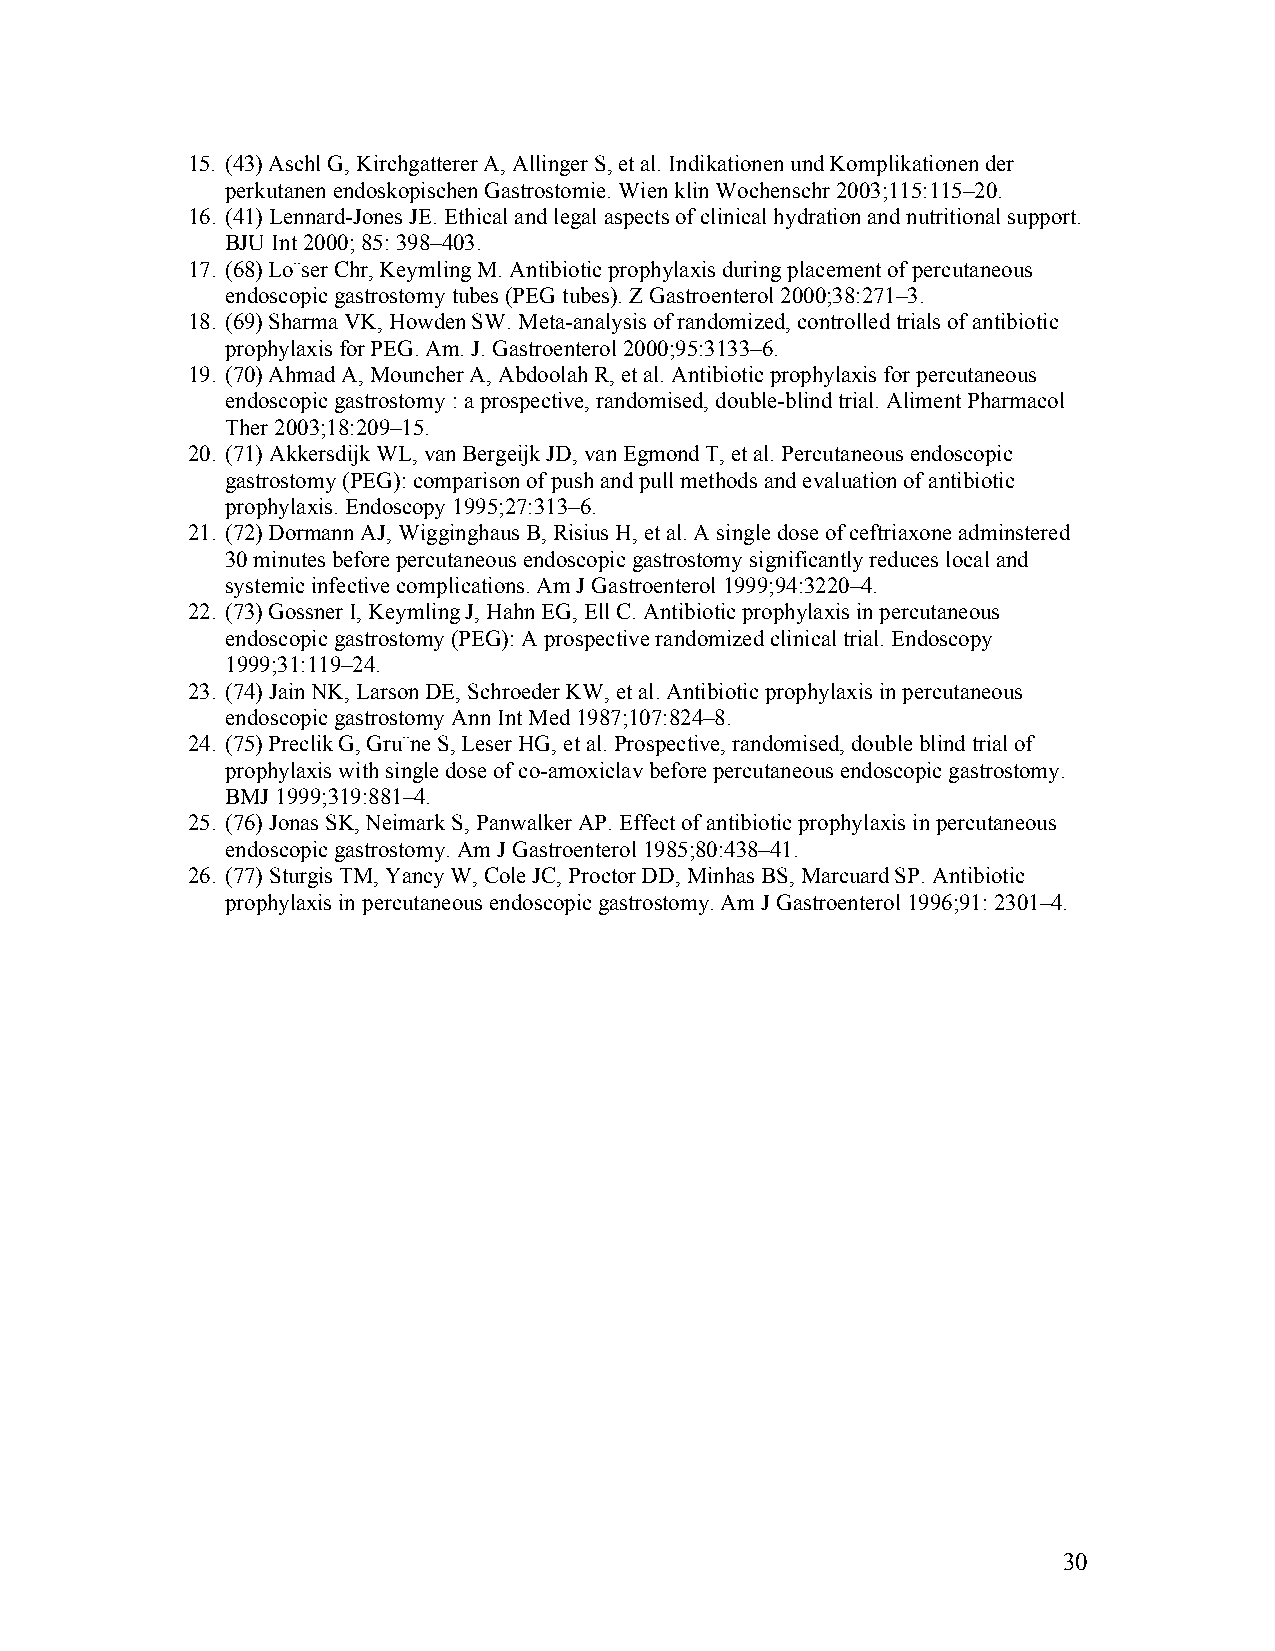
15. (43) Aschl G, Kirchgatterer A, Allinger S, et al. Indikationen und Komplikationen der
 perkutanen endoskopischen Gastrostomie. Wien klin Wochenschr 2003;115:115–20.
 16. (41) Lennard-Jones JE. Ethical and legal aspects of clinical hydration and nutritional support.
 BJU Int 2000; 85: 398–403.
 17. (68) Lo¨ser Chr, Keymling M. Antibiotic prophylaxis during placement of percutaneous
 endoscopic gastrostomy tubes (PEG tubes). Z Gastroenterol 2000;38:271–3.
 18. (69) Sharma VK, Howden SW. Meta-analysis of randomized, controlled trials of antibiotic
 prophylaxis for PEG. Am. J. Gastroenterol 2000;95:3133–6.
 19. (70) Ahmad A, Mouncher A, Abdoolah R, et al. Antibiotic prophylaxis for percutaneous
 endoscopic gastrostomy : a prospective, randomised, double-blind trial. Aliment Pharmacol
 Ther 2003;18:209–15.
 20. (71) Akkersdijk WL, van Bergeijk JD, van Egmond T, et al. Percutaneous endoscopic
 gastrostomy (PEG): comparison of push and pull methods and evaluation of antibiotic
 prophylaxis. Endoscopy 1995;27:313–6.
 21. (72) Dormann AJ, Wigginghaus B, Risius H, et al. A single dose of ceftriaxone adminstered
 30 minutes before percutaneous endoscopic gastrostomy significantly reduces local and
 systemic infective complications. Am J Gastroenterol 1999;94:3220–4.
 22. (73) Gossner I, Keymling J, Hahn EG, Ell C. Antibiotic prophylaxis in percutaneous
 endoscopic gastrostomy (PEG): A prospective randomized clinical trial. Endoscopy
 1999;31:119–24.
 23. (74) Jain NK, Larson DE, Schroeder KW, et al. Antibiotic prophylaxis in percutaneous
 endoscopic gastrostomy Ann Int Med 1987;107:824–8.
 24. (75) Preclik G, Gru¨ne S, Leser HG, et al. Prospective, randomised, double blind trial of
 prophylaxis with single dose of co-amoxiclav before percutaneous endoscopic gastrostomy.
 BMJ 1999;319:881–4.
 25. (76) Jonas SK, Neimark S, Panwalker AP. Effect of antibiotic prophylaxis in percutaneous
 endoscopic gastrostomy. Am J Gastroenterol 1985;80:438–41.
 26. (77) Sturgis TM, Yancy W, Cole JC, Proctor DD, Minhas BS, Marcuard SP. Antibiotic
 prophylaxis in percutaneous endoscopic gastrostomy. Am J Gastroenterol 1996;91: 2301–4.
 30